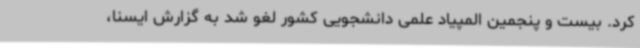
کرد. بیست و پنجمین المپیاد علمی دانشجویی کشور لغو شد به گزارش ایسنا،